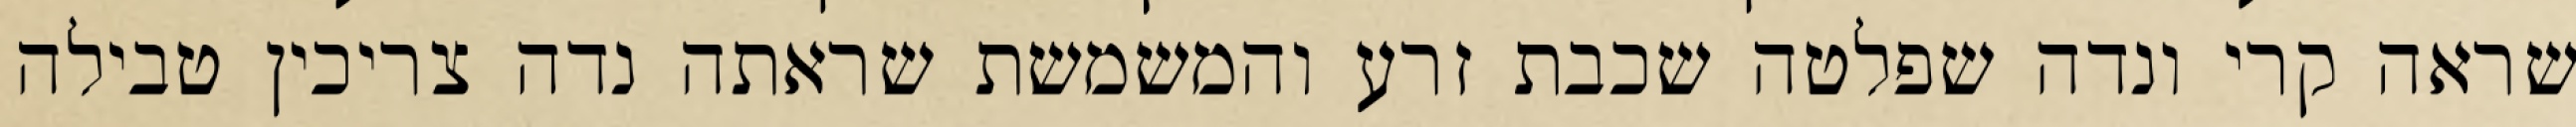
שראה קרי ונדה שפלטה שכבת זרע והמשמשת שראתה נדה צריכין טבילה